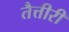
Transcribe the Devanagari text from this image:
तैत्तीरी